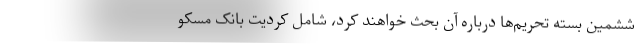
ششمین بسته تحریم‌ها درباره آن بحث خواهند کرد، شامل کردیت بانک مسکو